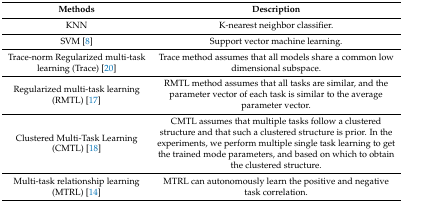
<table><thead><tr><td><b>Methods</b></td><td><b>Description</b></td></tr></thead><tbody><tr><td>KNN</td><td>K-nearest neighbor classifier.</td></tr><tr><td>SVM [8]</td><td>Support vector machine learning.</td></tr><tr><td>Trace-norm Regularized multi-task learning (Trace) [20]</td><td>Trace method assumes that all models share a common low dimensional subspace.</td></tr><tr><td>Regularized multi-task learning (RMTL) [17]</td><td>RMTL method assumes that all tasks are similar, and the parameter vector of each task is similar to the average parameter vector.</td></tr><tr><td>Clustered Multi-Task Learning (CMTL) [18]</td><td>CMTL assumes that multiple tasks follow a clustered structure and that such a clustered structure is prior. In the experiments, we perform multiple single task learning to get the trained mode parameters, and based on which to obtain the clustered structure.</td></tr><tr><td>Multi-task relationship learning (MTRL) [14]</td><td>MTRL can autonomously learn the positive and negative task correlation.</td></tr></tbody></table>